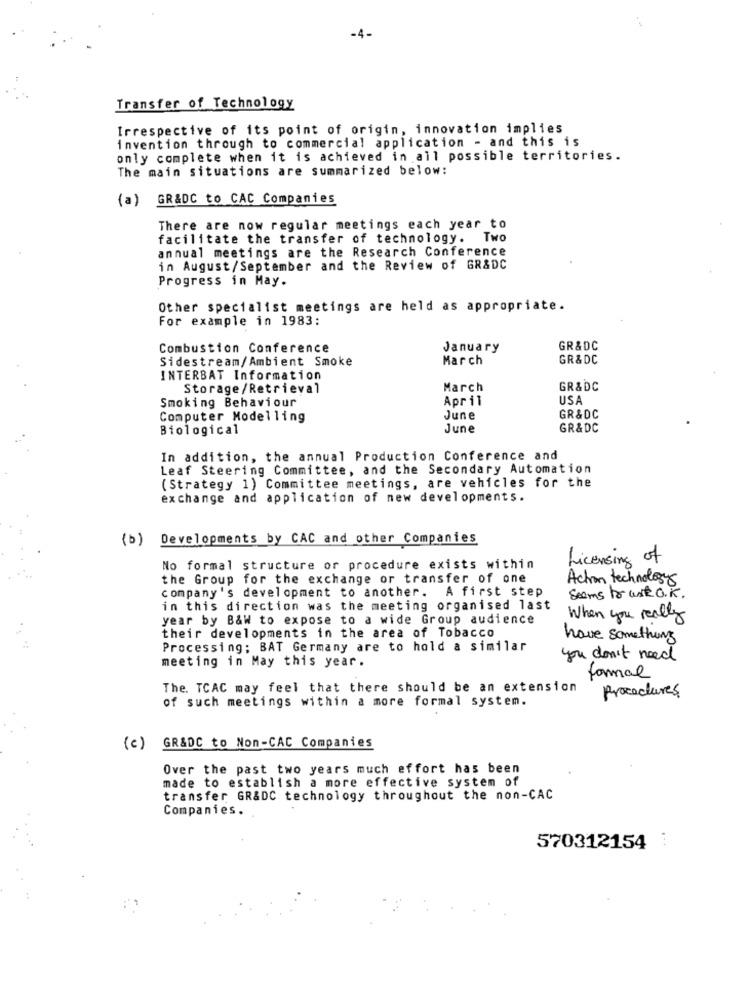
-4-
Transfer of Technology
Irrespective of its point of origin, innovation implies
invention through to commercial application - and this is
only complete when it is achieved in all possible territories.
The main situations are summarized below:
(a)
GR&DC to CAC Companies
There are now regular meetings each year to
facilitate the transfer of technology. Two
annual meetings are the Research Conference
in August/September and the Review of GR&DC
Progress in May.
Other specialist meetings are held as appropriate.
For example in 1983:
Combustion Conference
January
GR&DC
Sidestream/Ambient Smoke
March
GR&DC
INTERBAT Information
Storage/Retrieval
March
GR&DC
Smoking Behaviour
April
USA
Computer Modelling
June
GR &DC
Biological
June
GR&DC
In addition, the annual Production Conference and
Leaf Steering Committee, and the Secondary Automation
(Strategy 1) Committee meetings, are vehicles for the
exchange and application of new developments.
(b)
Developments by CAC and other Companies
Licensing of
No formal structure or procedure exists within
the Group for the exchange or transfer of one
Action technologys
company's development to another. A first step
Seems to write O.K.
in this direction was the meeting organised last
year by B&W to expose to a wide Group audience
When you really
their developments in the area of Tobacco
have something
Processing; BAT Germany are to hold a similar
meeting in May this year.
you don't need
formal
The. TCAC may feel that there should be an extension
of such meetings within a more formal system.
procedures
(c)
GR&DC to Non-CAC Companies
Over the past two years much effort has been
made to establish a more effective system of
transfer GR&DC technology throughout the non-CAC
Companies.
570312154 :